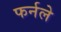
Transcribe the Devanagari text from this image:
फर्नले